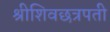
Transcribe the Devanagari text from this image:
श्रीशिवछत्रपती